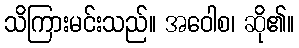
သိကြားမင်းသည်။ အဝေါစ၊ ဆို၏။